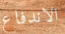
الاندفاع